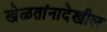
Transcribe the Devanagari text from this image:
खेळतांनादेखील